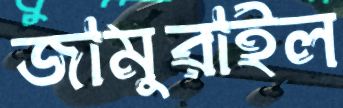
জামুরাইল